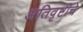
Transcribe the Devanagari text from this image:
अतिवृष्टीचे